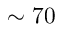
\sim 7 0